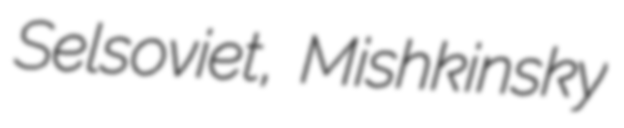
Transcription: Selsoviet, Mishkinsky